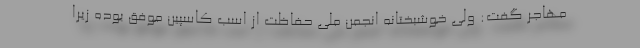
مهاجر گفت: ولی خوشبختانه انجمن ملی حفاظت از اسب کاسپین موفق بوده زیرا